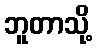
ဘူတာသို့